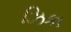
ઝિકા